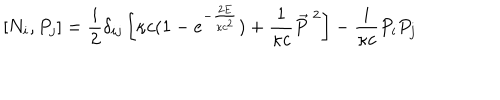
[ N _ { i } , P _ { j } ] = \frac { i } { 2 } \delta _ { i j } \left[ \kappa c ( 1 - e ^ { - \frac { 2 E } { \kappa c ^ { 2 } } } ) + \frac { 1 } { \kappa c } \vec { P } ^ { \ 2 } \right] - \frac { i } { \kappa c } P _ { i } P _ { j }